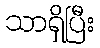
သာရှိပြီး